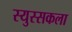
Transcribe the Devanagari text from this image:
स्युस्सकला